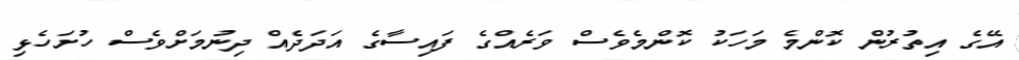
އޭގެ އިތުރުން ކޮންމެ މަހަކު ކޮންމެވެސް ވަރެއްގެ ފައިސާގެ އަދަދެއް ދިނުމަށްވެސް ހުށަހެޅި